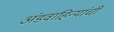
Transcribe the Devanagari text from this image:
अंडवाहिन्यांची